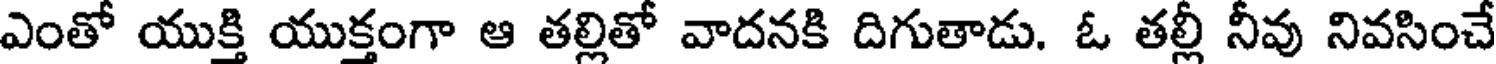
ఎంతో యుక్తి యుక్తంగా ఆ తల్లితో వాదనకి దిగుతాడు. ఓ తల్లీ నీవు నివసించే